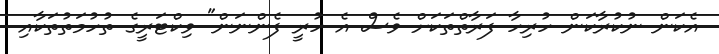
އެކަން ނުކުރާކަން ހުރިހާ ފަރާތްތަކަށް ވެސް އެ ހުރީ ފެންނަން" ވިކްޓަރީގެ ތުހުމަތުތަކާއި